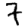
Digit: 7